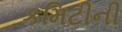
કમિટીની